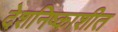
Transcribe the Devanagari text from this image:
देशनिष्काशीत